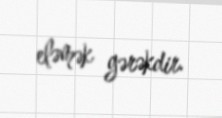
eləmək gərəkdir.